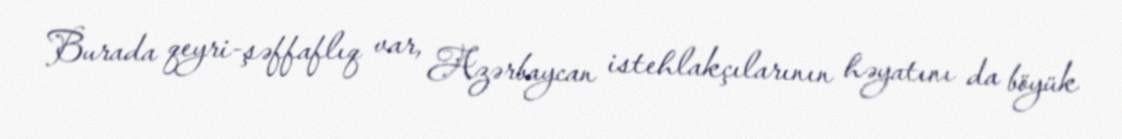
Burada qeyri-şəffaflıq var, Azərbaycan istehlakçılarının həyatını da böyük